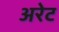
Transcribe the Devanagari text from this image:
अरेट